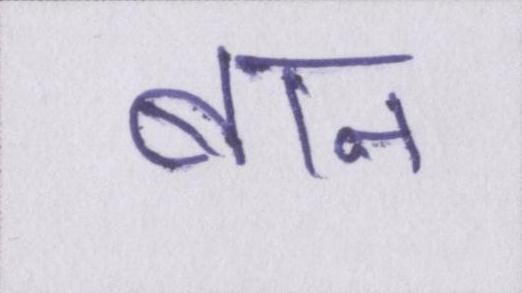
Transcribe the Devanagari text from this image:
बान